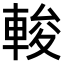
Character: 𨌘